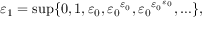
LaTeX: \varepsilon _ { 1 } = \operatorname* { s u p } \{ 0 , 1 , \varepsilon _ { 0 } , { \varepsilon _ { 0 } } ^ { \varepsilon _ { 0 } } , { \varepsilon _ { 0 } } ^ { { \varepsilon _ { 0 } } ^ { \varepsilon _ { 0 } } } , \ldots \} ,